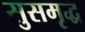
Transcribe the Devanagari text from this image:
सुसमृद्ध